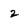
Character: 2